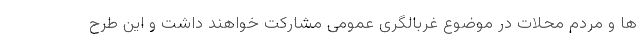
ها و مردم محلات در موضوع غربالگری عمومی مشارکت خواهند داشت و این طرح